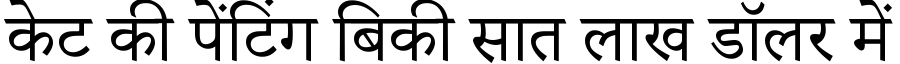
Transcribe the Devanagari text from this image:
केट की पेंटिंग बिकी सात लाख डॉलर में